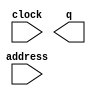
module zero_new2 (
	address,
	clock,
	q);

	input	[9:0]  address;
	input	  clock;
	output	[11:0]  q;
`ifndef ALTERA_RESERVED_QIS
// synopsys translate_off
`endif
	tri1	  clock;
`ifndef ALTERA_RESERVED_QIS
// synopsys translate_on
`endif

endmodule